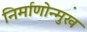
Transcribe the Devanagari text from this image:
निर्माणोन्मुख